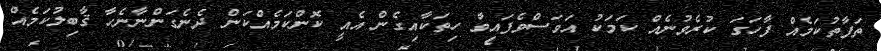
ތަފާތުކަމެއް ފާހަގަ ކުރެވުނެއް ކަމަކު އަވަސްވެފައިވާ ހިތަކާއިގެން އެއީ ކޮންކަމެއްކަން ދެނެގަންނާނެހާ ޤާބިލުކަމެއް